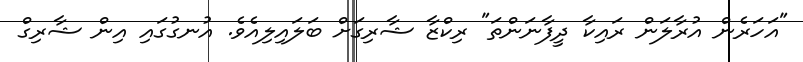
"އަހަރެން އުރާލަން ރައިކާ ދީފާނަންތަ" ރިކްޒާ ޝާރިގަށް ބަލައިލިއެވެ. އުނގުގައި އިން ޝާރިގް